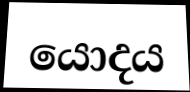
යොදය